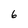
Character: 6